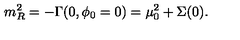
m _ { R } ^ { 2 } = - \Gamma ( 0 , \phi _ { 0 } = 0 ) = \mu _ { 0 } ^ { 2 } + \Sigma ( 0 ) .